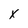
Character: x